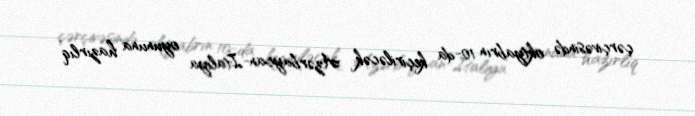
çərçivəsində oktyabrın 10-da keçiriləcək Azərbaycan-İtaliya oyununa hazırlıq